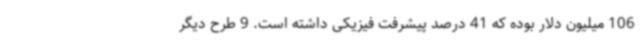
106 میلیون دلار بوده که 41 درصد پیشرفت فیزیکی داشته است. 9 طرح دیگر